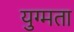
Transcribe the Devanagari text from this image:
युग्मता